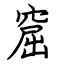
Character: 窟